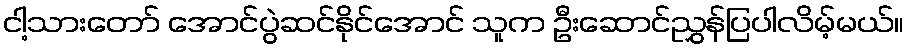
ငါ့သားတော် အောင်ပွဲဆင်နိုင်အောင် သူက ဦးဆောင်ညွှန်ပြပါလိမ့်မယ်။